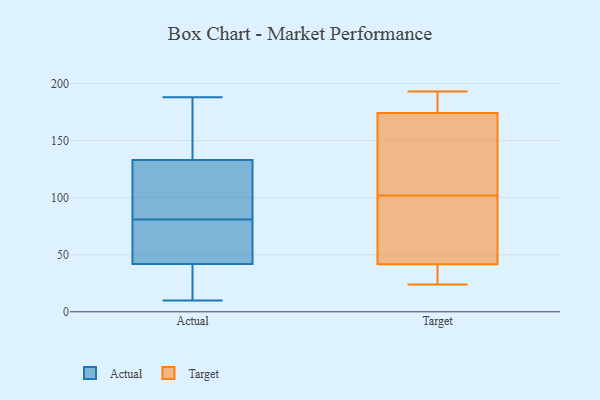
{"axis": {"x": "Page Views", "y": "Value"}, "legend": ["Actual", "Target"], "data": [{"x": "", "y": 85, "type": "Actual"}, {"x": "", "y": 164, "type": "Actual"}, {"x": "", "y": 178, "type": "Actual"}, {"x": "", "y": 133, "type": "Actual"}, {"x": "", "y": 77, "type": "Actual"}, {"x": "", "y": 10, "type": "Actual"}, {"x": "", "y": 125, "type": "Actual"}, {"x": "", "y": 107, "type": "Actual"}, {"x": "", "y": 188, "type": "Actual"}, {"x": "", "y": 23, "type": "Actual"}, {"x": "", "y": 42, "type": "Actual"}, {"x": "", "y": 70, "type": "Actual"}, {"x": "", "y": 53, "type": "Actual"}, {"x": "", "y": 10, "type": "Actual"}, {"x": "", "y": 41, "type": "Target"}, {"x": "", "y": 59, "type": "Target"}, {"x": "", "y": 85, "type": "Target"}, {"x": "", "y": 102, "type": "Target"}, {"x": "", "y": 42, "type": "Target"}, {"x": "", "y": 24, "type": "Target"}, {"x": "", "y": 172, "type": "Target"}, {"x": "", "y": 189, "type": "Target"}, {"x": "", "y": 181, "type": "Target"}, {"x": "", "y": 193, "type": "Target"}, {"x": "", "y": 28, "type": "Target"}, {"x": "", "y": 147, "type": "Target"}, {"x": "", "y": 132, "type": "Target"}]}